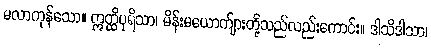
မလာကုန်သော။ ဣတ္ထိပုရိသာ၊ မိန်းမယောက်ျားတို့သည်လည်းကောင်း။ ဒါသိဒါသာ၊